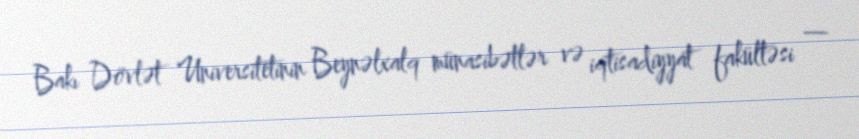
Bakı Dövlət Universitetinin Beynəlxalq münasibətlər və iqtisadiyyat fakültəsi —